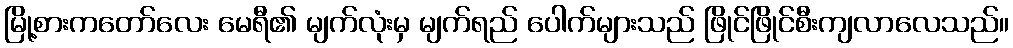
မြို့စားကတော်လေး မေရီ၏ မျက်လုံးမှ မျက်ရည် ပေါက်များသည် ဖြိုင်ဖြိုင်စီးကျလာလေသည်။